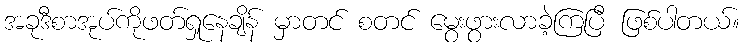
အခုဒီစာအုပ်ကိုဖတ်ရှုနေချိန် မှာတင် စတင် မွေးဖွားလာခဲ့ကြပြီ ဖြစ်ပါတယ်။